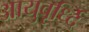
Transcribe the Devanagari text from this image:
आयुवृर्ध्दि